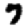
Digit: 7